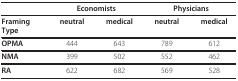
<table><thead><tr><td></td><td colspan="2"><b>Economists</b></td><td colspan="2"><b>Physicians</b></td></tr></thead><tbody><tr><td><b>Framing</b><b>Type</b></td><td><b>neutral</b></td><td><b>medical</b></td><td><b>neutral</b></td><td><b>medical</b></td></tr><tr><td><b>OPMA</b></td><td>444</td><td>643</td><td>789</td><td>612</td></tr><tr><td><b>NMA</b></td><td>399</td><td>502</td><td>552</td><td>462</td></tr><tr><td><b>RA</b></td><td>622</td><td>682</td><td>569</td><td>528</td></tr></tbody></table>